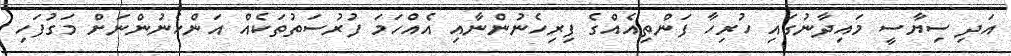
އަދި ސިޔާސީ މައިދާނުގައި ހުރިހާ ފަންތިއެއްގެ ފިރިހެނުންނާއި އެއްހަމަ ފުރުސަތުތަކެއް އަންހެނުންނަށް މަގުފަހި